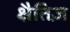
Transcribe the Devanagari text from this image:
क्षैतिज़